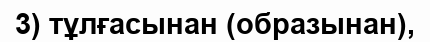
3) тұлғасынан (образынан),